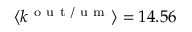
\langle k ^ { \mathrm { ~ o ~ u ~ t ~ / ~ u ~ m ~ } } \rangle = 1 4 . 5 6